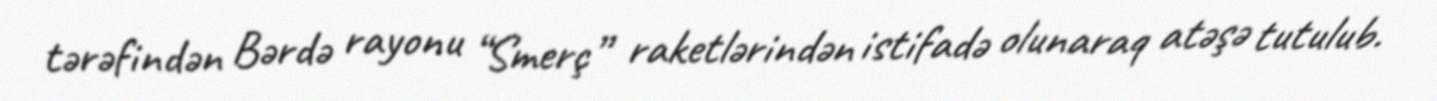
tərəfindən Bərdə rayonu “Smerç” raketlərindən istifadə olunaraq atəşə tutulub.